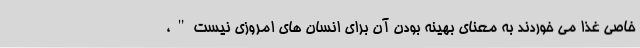
خاصی غذا می خوردند به معنای بهینه بودن آن برای انسان های امروزی نیست"،